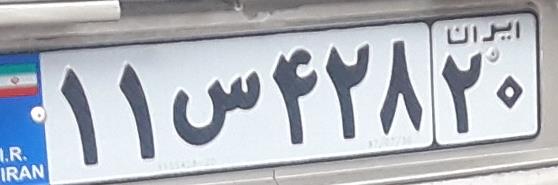
۱۱س۴۲۸۲۰